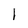
Character: l